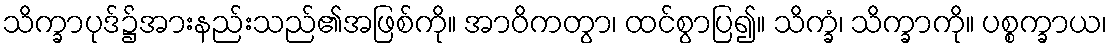
သိက္ခာပုဒ်၌အားနည်းသည်၏အဖြစ်ကို။ အာဝိကတွာ၊ ထင်စွာပြ၍။ သိက္ခံ၊ သိက္ခာကို။ ပစ္စက္ခာယ၊